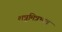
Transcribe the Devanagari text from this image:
शत्रुमित्रभाव